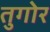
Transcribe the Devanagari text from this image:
तुगोर